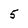
Character: 5